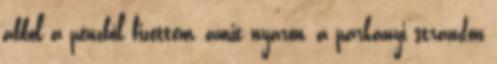
abból a pénzből fizettem, amit nyáron, a párkányi strandon